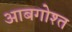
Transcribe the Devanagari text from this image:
आबगोश्त